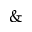
\&